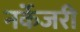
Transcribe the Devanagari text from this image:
नर्केजरी